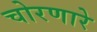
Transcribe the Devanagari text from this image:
चोरणारे